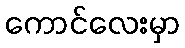
ကောင်လေးမှာ